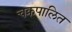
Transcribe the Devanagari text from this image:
चक्रपालित